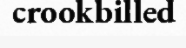
crookbilled